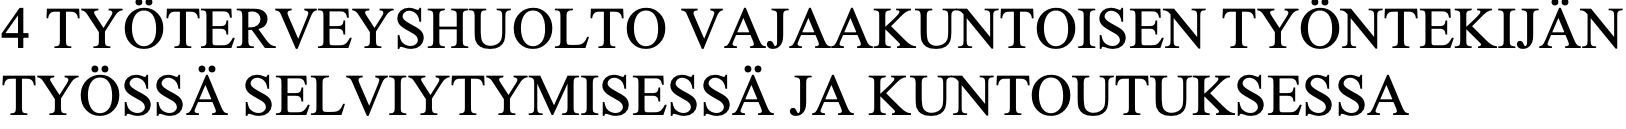
4 TYÖTERVEYSHUOLTO    VAJAAKUNTOISEN    TYÖNTEKIJÄN TYÖSSÄ  SELVIYTYMISESSÄ   JA KUNTOUTUKSESSA